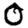
Digit: 0